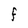
Character: F